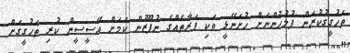
ތަހުގީގުކުރަން ފުލުހުންނަށް ހުށަނޭޅީ ވަކި ފަރާތެއްގެ ނުފޫޒުން ކަމަށް އޭސީސީން ކުރި ތަހުގީގަށް